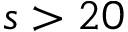
s > 2 0